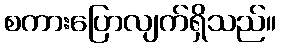
စကားပြောလျက်ရှိသည်။